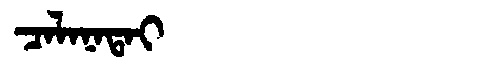
Manchu: ᠴᠠᠯᠠᠨᠠᡨᠠᡳ
Romanization: CALANATAI